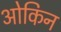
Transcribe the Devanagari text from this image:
ओकिन